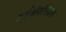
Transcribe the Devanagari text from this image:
बाईओफीसिकल